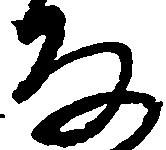
な